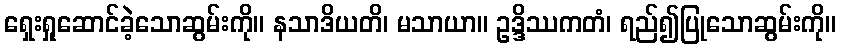
ရှေးရှုဆောင်ခဲ့သောဆွမ်းကို။ နသာဒိယတိ၊ မသာယာ။ ဥဒ္ဒိဿကတံ၊ ရည်၍ပြုသောဆွမ်းကို။